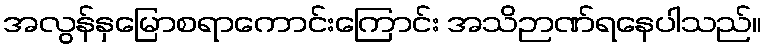
အလွန်နှမြောစရာကောင်းကြောင်း အသိဉာဏ်ရနေပါသည်။